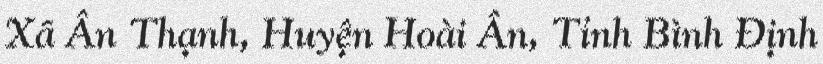
Xã Ân Thạnh, Huyện Hoài Ân, Tỉnh Bình Định